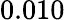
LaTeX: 0.010